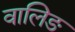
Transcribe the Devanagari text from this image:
वालिङ